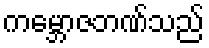
ကမ္ဘောဇဘဏ်သည်